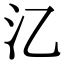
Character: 㲸